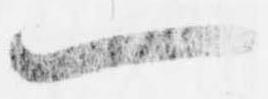
一